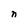
Character: n